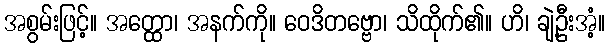
အစွမ်းဖြင့်။ အတ္ထော၊ အနက်ကို။ ဝေဒိတဗ္ဗော၊ သိထိုက်၏။ ဟိ၊ ချဲ့ဦးအံ့။